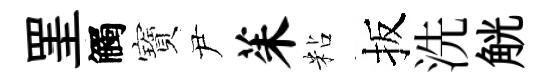
罣觸寶尹茱粘扳洗觥